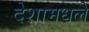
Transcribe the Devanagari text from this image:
देशामधले